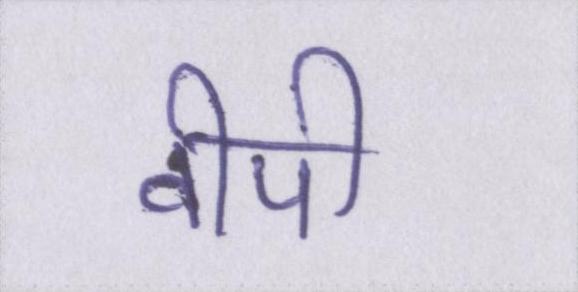
वीपी